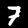
Label: 7